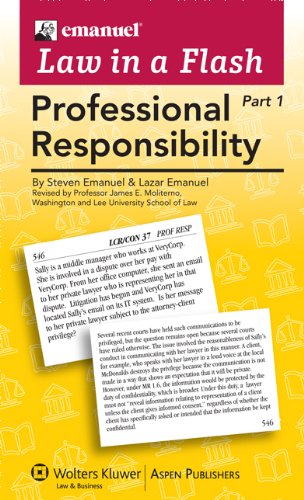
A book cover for Law in a Flash Cards: Professional Responsibility (2-part set); Steven L. Emanuel; Law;